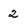
Character: 2